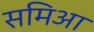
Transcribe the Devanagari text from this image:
समिआ